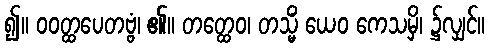
၍။ ဝဝတ္ထပေတဗ္ဗံ၊ ၏။ တတ္ထေဝ၊ တသ္မိံ ယေဝ ကေသမှိ၊ ၌လျှင်။